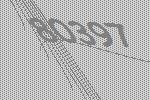
80397